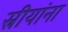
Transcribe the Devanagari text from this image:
स्रीयांना